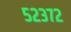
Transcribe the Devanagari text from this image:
५२३७२